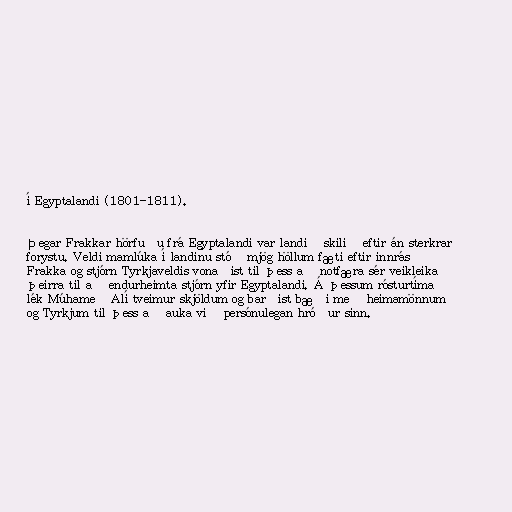
í Egyptalandi (1801-1811).

Þegar Frakkar hörfuðu frá Egyptalandi var landið skilið eftir án sterkrar
forystu. Veldi mamlúka í landinu stóð mjög höllum fæti eftir innrás
Frakka og stjórn Tyrkjaveldis vonaðist til þess að notfæra sér veikleika
þeirra til að endurheimta stjórn yfir Egyptalandi. Á þessum rósturtíma
lék Múhameð Alí tveimur skjöldum og barðist bæði með heimamönnum
og Tyrkjum til þess að auka við persónulegan hróður sinn.